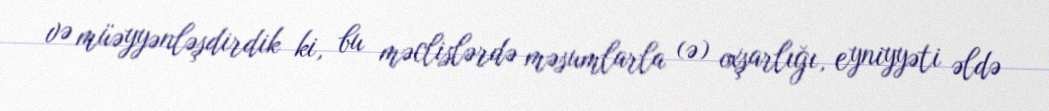
və müəyyənləşdirdik ki, bu məclislərdə məsumlarla (ə) oxşarlığı, eyniyyəti əldə